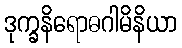
ဒုက္ခနိရောဓဂါမိနိယာ